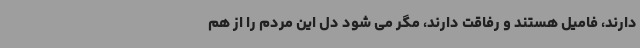
دارند، فامیل هستند و رفاقت دارند، مگر می شود دل این مردم را از هم